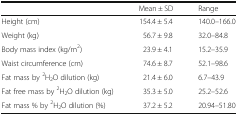
<table><thead><tr><td></td><td><b>Mean ± SD</b></td><td><b>Range</b></td></tr></thead><tbody><tr><td>Height (cm)</td><td>154.4 ± 5.4</td><td>140.0–166.0</td></tr><tr><td>Weight (kg)</td><td>56.7 ± 9.8</td><td>32.0–84.8</td></tr><tr><td>Body mass index (kg/m<sup>2</sup>)</td><td>23.9 ± 4.1</td><td>15.2–35.9</td></tr><tr><td>Waist circumference (cm)</td><td>74.6 ± 8.7</td><td>52.1–98.6</td></tr><tr><td>Fat mass by <sup>2</sup>H<sub>2</sub>O dilution (kg)</td><td>21.4 ± 6.0</td><td>6.7–43.9</td></tr><tr><td>Fat free mass by <sup>2</sup>H<sub>2</sub>O dilution (kg)</td><td>35.3 ± 5.0</td><td>25.2–52.6</td></tr><tr><td>Fat mass % by <sup>2</sup>H<sub>2</sub>O dilution (%)</td><td>37.2 ± 5.2</td><td>20.94–51.80</td></tr></tbody></table>